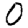
Digit: 0